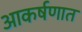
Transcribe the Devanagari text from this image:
आकर्षणात